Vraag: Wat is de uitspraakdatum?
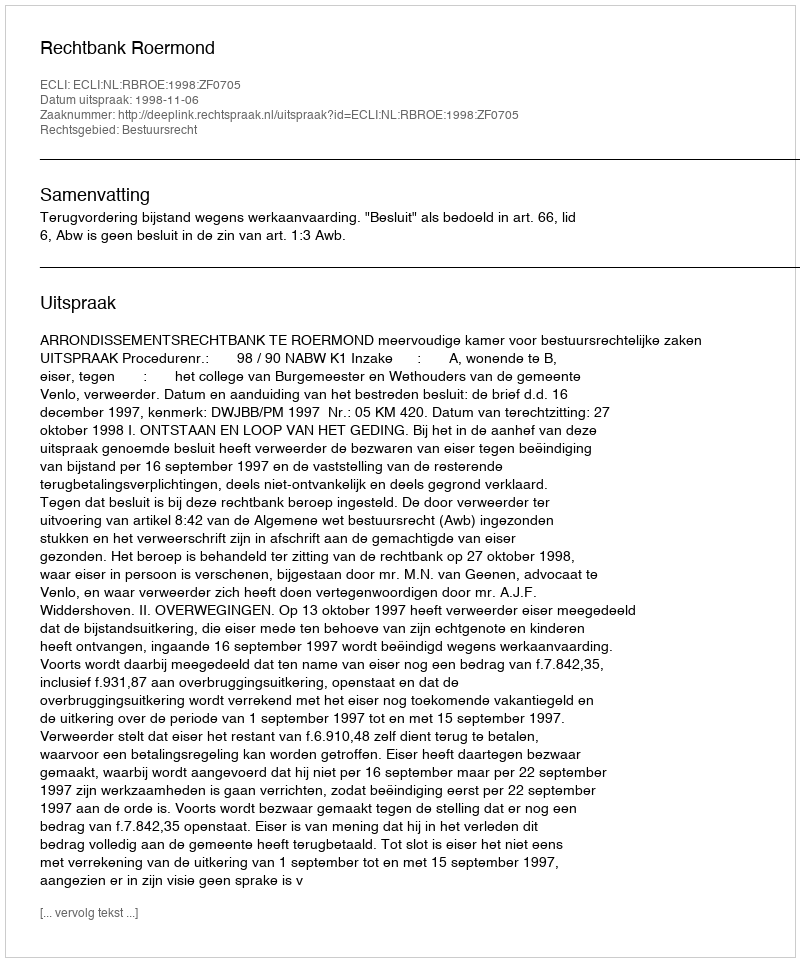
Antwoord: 1998-11-06